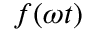
f ( \omega t )